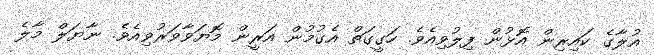
އުލާގެ ކައިރިން އޮޅުން ފިލުވިއެވެ. ހަގީގަތް އެގުމުން އަރީން މޮޔަވާވަރުވިއެވެ. ނާޔަލް މާލެ